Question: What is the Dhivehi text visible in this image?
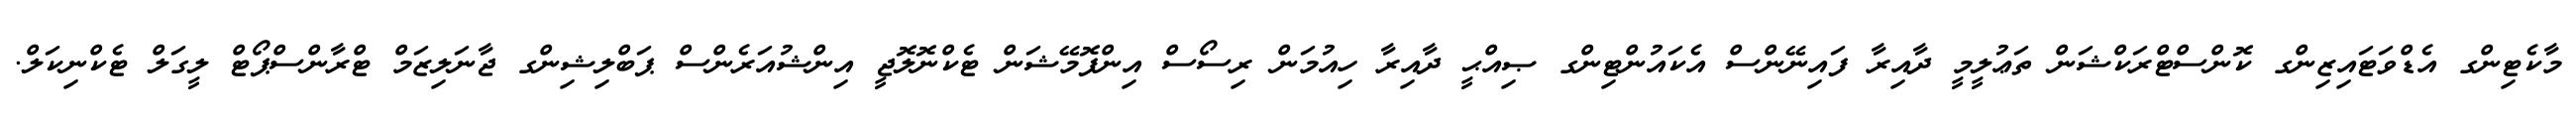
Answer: މާކެޓިންގ އެޑްވަޓައިޒިންގ ކޮންސްޓްރަކްޝަން ތަޢުލީމީ ދާއިރާ ފައިނޭންސް އެކައުންޓިންގ ޞިއްޙީ ދާއިރާ ހިއުމަން ރިސޯސް އިންފޮމޭޝަން ޓެކްނޮލޮޖީ އިންޝުއަރެންސް ޕަބްލިޝިންގ ޖާނަލިޒަމް ޓްރާންސްޕޯޓް ލީގަލް ޓެކްނިކަލް.